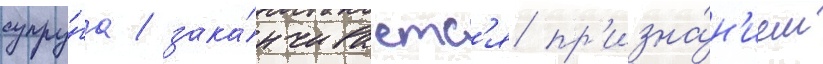
супру́га / зака́нчиваетс'я пр'изна́н'ием